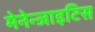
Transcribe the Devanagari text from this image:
मेनेन्जाइटिस